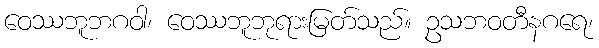
ဝေဿဘူဘဂဝါ၊ ဝေဿဘူဘုရားမြတ်သည်။ ဥသဘဝတီနဂရေ၊